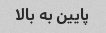
پایین به بالا